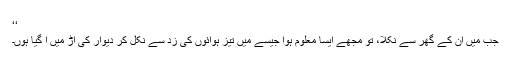
‘‘
جب میں ان کے گھر سے نکلا، تو مجھے ایسا معلوم ہوا جیسے میں تیز ہوائوں کی زد سے نکل کر دیوار کی آڑ میں آ گیا ہوں۔